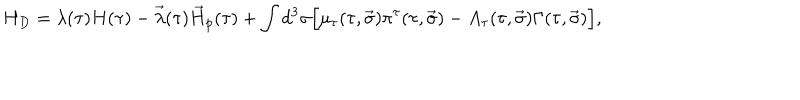
H _ { D } = \lambda ( \tau ) H ( \tau ) - \vec { \lambda } ( \tau ) \vec { H } _ { p } ( \tau ) + \int { d ^ { 3 } \sigma \Big [ \mu _ { \tau } ( \tau , \vec { \sigma } ) \pi ^ { \tau } ( \tau , \vec { \sigma } ) - A _ { \tau } ( \tau , \vec { \sigma } ) \Gamma ( \tau , \vec { \sigma } ) \Big ] } ,